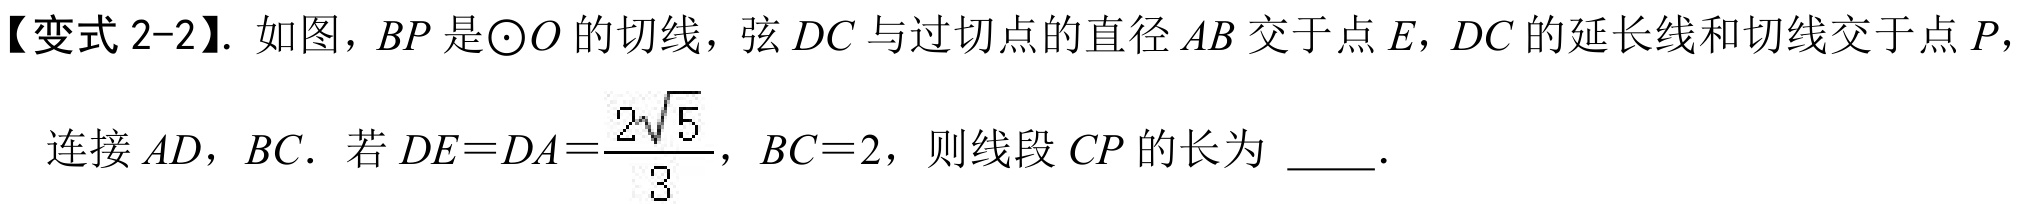
【变式2-2】. 如图，$BP$是$\odot O$的切线，弦$DC$与过切点的直径$AB$交于点$E$，$DC$的延长线和切线交于点$P$，\\
连接$AD$，$BC$. 若$DE = DA=\frac{2\sqrt{5}}{3}$，$BC = 2$，则线段$CP$的长为 \_\_\_.